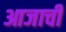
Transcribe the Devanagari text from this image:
आजाची